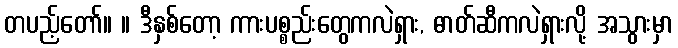
တပည့်တော်။ ။ ဒီနှစ်တော့ ကားပစ္စည်းတွေကလဲရှား, ဓာတ်ဆီကလဲရှားလို့ အသွားမှာ